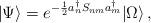
LaTeX: \begin{align*}| \Psi \rangle =e^{-\frac{1}{2}a^{\dagger}_nS_{nm}a^{\dagger}_m}| \Omega \rangle\, ,\end{align*}